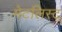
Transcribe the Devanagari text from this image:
मेटलिस्ट